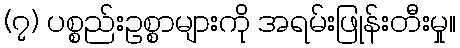
(၇) ပစ္စည်းဥစ္စာများကို အရမ်းဖြုန်းတီးမှု။